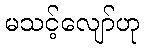
မသင့်လျော်ဟု